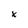
Character: x